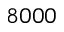
8 0 0 0